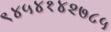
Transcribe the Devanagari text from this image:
९४५४१४२७८५